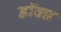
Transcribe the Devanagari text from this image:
डॉक्ड